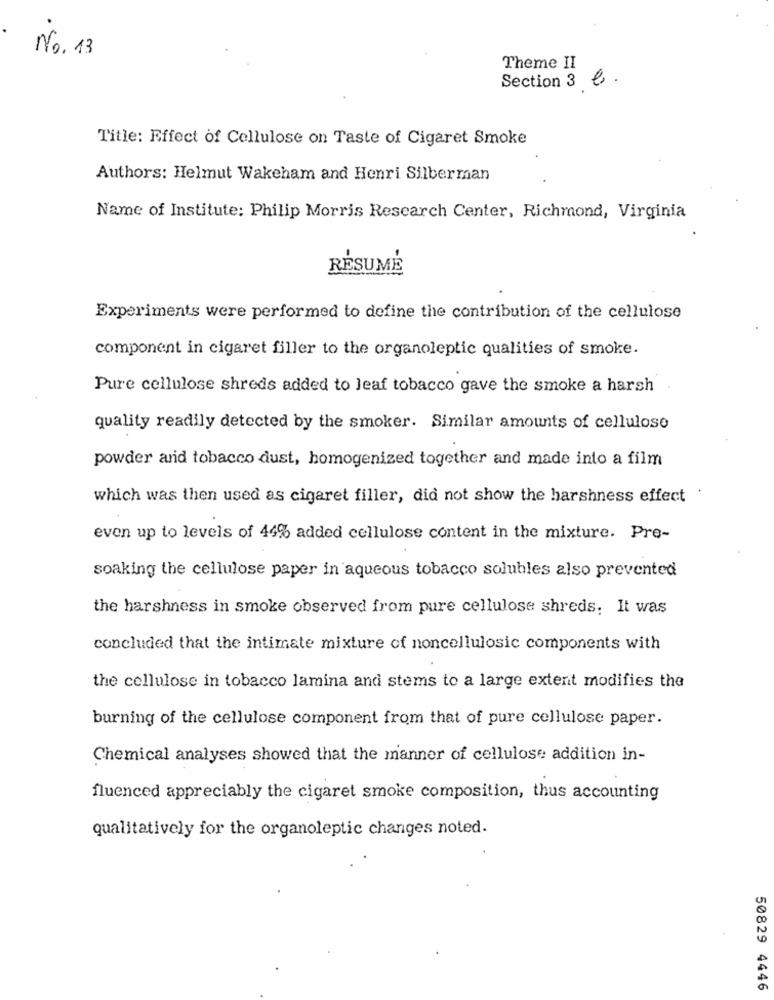
No. 13
Theme II
Section 3 €
Title: Effect of Cellulose on Taste of Cigaret Smoke
Authors: Helmut Wakeham and Henri Silberman
Name of Institute: Philip Morris Research Center, Richmond, Virginia
RÉSUMÉ
Experiments were performed to define the contribution of the cellulose
component in cigaret filler to the organoleptic qualities of smoke.
Pure cellulose shreds added to leaf tobacco gave the smoke a harsh
quality readily detected by the smoker. Similar amounts of cellulose
powder and tobacco dust, homogenized together and made into a film
which was then used as cigaret filler, did not show the harshness effect
even up to levels of 44% added cellulose content in the mixture. Pre-
soaking the cellulose paper in aqueous tobacco solubles also prevented
the harshness in smoke observed from pure cellulose shreds. It was
concluded that the intimate mixture of noncellulosic components with
the cellulose in tobacco lamina and stems to a large extent modifies the
burning of the cellulose component from that of pure cellulose paper.
Chemical analyses showed that the manner of cellulose addition in-
fluenced appreciably the cigaret smoke composition, thus accounting
qualitatively for the organoleptic changes noted.
50829 4446